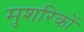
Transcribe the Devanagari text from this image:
मुशरिकों